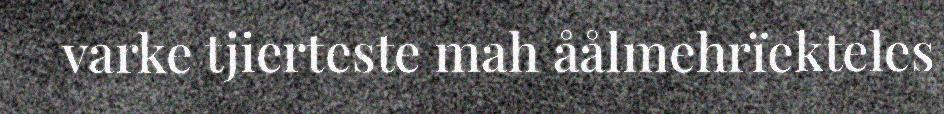
varke tjierteste mah åålmehrïekteles